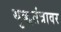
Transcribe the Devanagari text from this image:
युद्धतंत्रावर